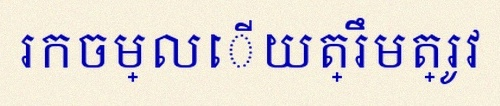
រកចម្លើយត្រឹមត្រូវ